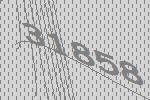
31858